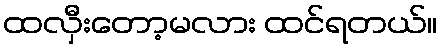
ထလှီးတော့မလား ထင်ရတယ်။